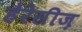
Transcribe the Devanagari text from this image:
हेरेसीज़